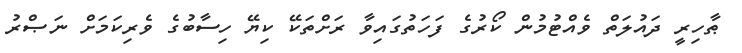
ޠާހިރީ ދައުލަތް ވެއްޓުމުން ކޯރުގެ ފަހަތުގައިވާ ރަށްތަކޭ ކިޔޭ ހިސާބުގެ ވެރިކަމަށް ނަޞްރު